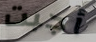
أجبت